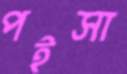
পইসা